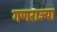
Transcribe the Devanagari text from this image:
गणराज्या